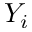
Y _ { i }